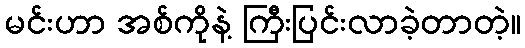
မင်းဟာ အစ်ကိုနဲ့ ကြီးပြင်းလာခဲ့တာတဲ့။